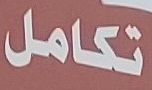
تكامل